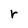
Character: r